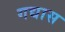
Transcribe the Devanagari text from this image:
गद्यास